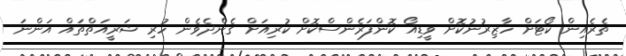
ތެރެއިން ކޯޓަށް ހާޒިރުނުކޮށް ވީޑިއޯ ކޮންފަރެންސްކޮށް ކުރިއަށް ގެންދެވެން ހުރި ޝަރީއަތްތައް އަންނަ